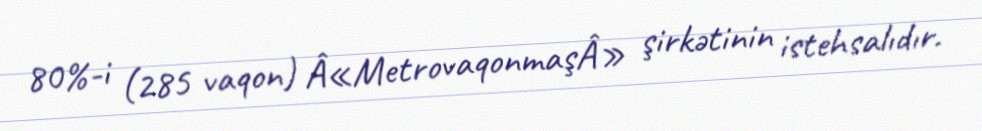
80%-i (285 vaqon) Â«MetrovaqonmaşÂ» şirkətinin istehsalıdır.